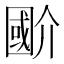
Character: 𭍲